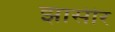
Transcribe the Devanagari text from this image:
झासीर